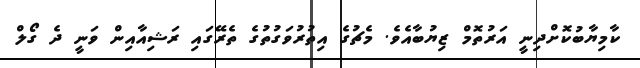
ކާމިޔާބުކޮށްދިނީ އަރުތޮމް ޒިޔުބާއެވެ. މެޗުގެ އިތުރުވަގުތުގެ ތެރޭގައި ރަޝިއާއިން ވަނީ ދެ ގޯލް